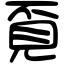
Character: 覔